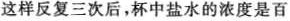
这样反复三次后，杯中盐水的浓度是百